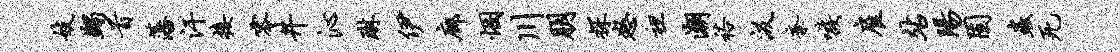
妓蠲首藩汗接零井沁琳伊廊悃川朋探怒袒潮裕汲紊嗾雇站阳固虫死